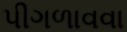
પીગળાવવા